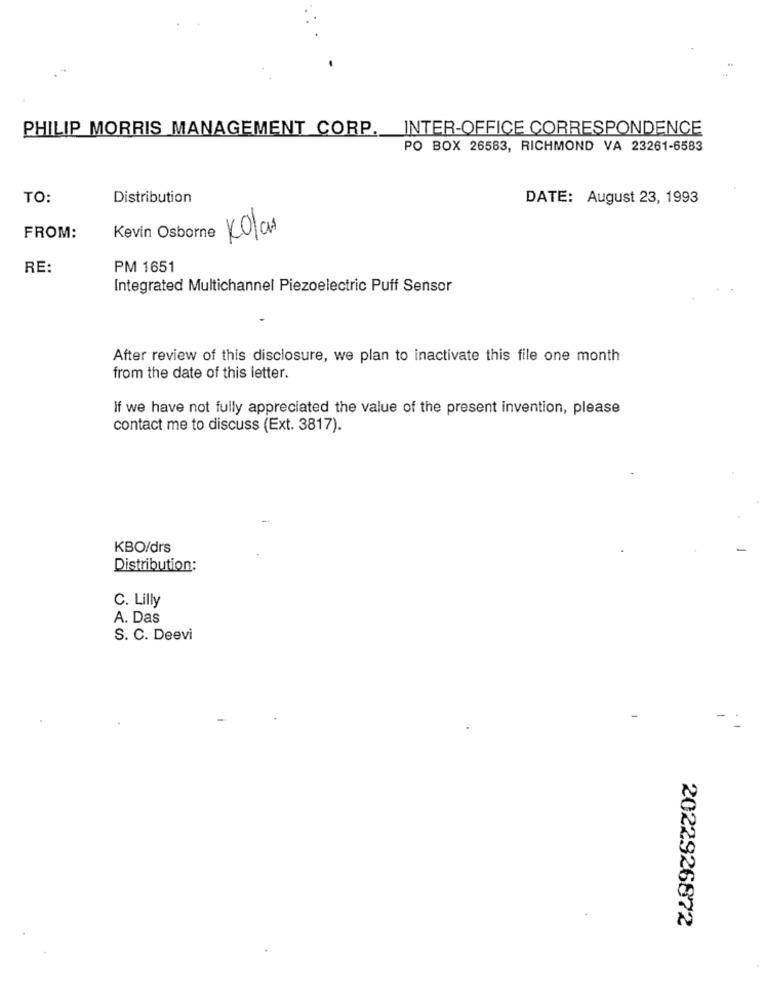
PHILIP MORRIS MANAGEMENT CORP ._ INTER-OFFICE CORRESPONDENCE
PO BOX 26583, RICHMOND VA 23261-6583
TO:
Distribution
DATE: August 23, 1993
FROM:
Kevin Osborne
Kolas
RE:
PM 1651
Integrated Multichannel Piezoelectric Puff Sensor
After review of this disclosure, we plan to inactivate this file one month
from the date of this letter.
If we have not fully appreciated the value of the present invention, please
contact me to discuss (Ext. 3817).
KBO/drs
Distribution:
C. Lilly
A. Das
S. C. Deevi
2022926872